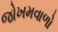
જોખમવાળો